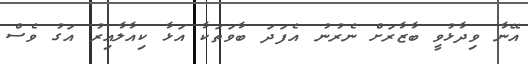
އޭނާ ވިދާޅުވީ ބާޒާރަށް ނެރުނު އެފަދަ ބާވަތަކާ އަޅާ ކިއާލާއިރު އަގު ވެސް